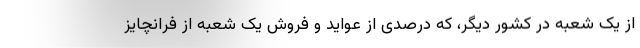
از یک شعبه در کشور دیگر، که درصدی از عواید و فروش یک شعبه از فرانچایز